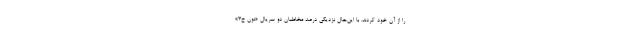
را از آن خود کردند. با این‌حال نزدیکی درصد مخاطبان دو سریال «نون خ۳»